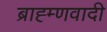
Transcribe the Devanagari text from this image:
ब्राह्म्णवादी